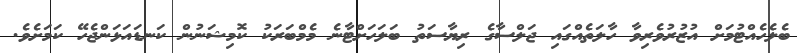
ބެލެެހެއްޓުމަށް އުޒުރުވެރިވާ ހާލަތެއްގައި ޖަލްސާގެ ރިޔާސަތު ބަލަހަށްޓާނެ މެމްބަރަކު ކޮމިޝަނުން ކަނޑައަޅަންޖެހޭ ކަމަށެވެ.